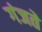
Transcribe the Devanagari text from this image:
गंजते